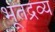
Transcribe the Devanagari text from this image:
भूतद्रव्य